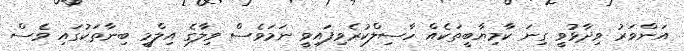
އަންވަރު ވިދާޅުވީ ގިނަ ކާމިޔާބީތަކެއް ހާސިލްކުރެވިފައިވީ ނަމަވެސް ވިލާގެ އިލްމީ ބިނާތަކުގައި ވެސް